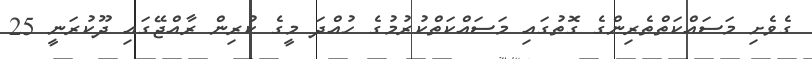
ގެވެށި މަސައްކަތްތެރިންގެ ގޮތުގައި މަސައްކަތްކުރުމުގެ ހުއްދަ މީގެ ކުރިން ރާއްޖޭގައި ދޫކުރަނީ 25